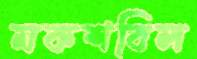
মকশবিল